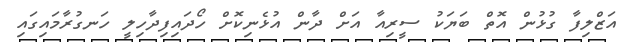
އަޒްލިފާ ގުޅުން އޮތް ބަޔަކު ސީރިއާ އަށް ދާން އުޅެނިކޮށް ހޯދައިފިދާހިލީ ހަނގުރާމައިިގައި